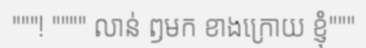
"""! """" លាន់ ឭមក ខាងក្រោយ ខ្ញុំ"""